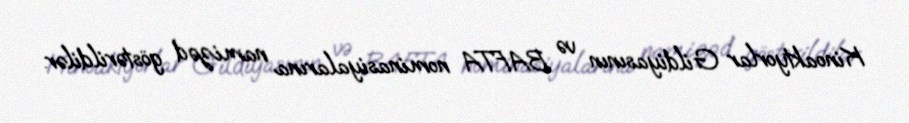
Kinoaktyorlar Gildiyasının və BAFTA nominasiyalarına namizəd göstərildilər.